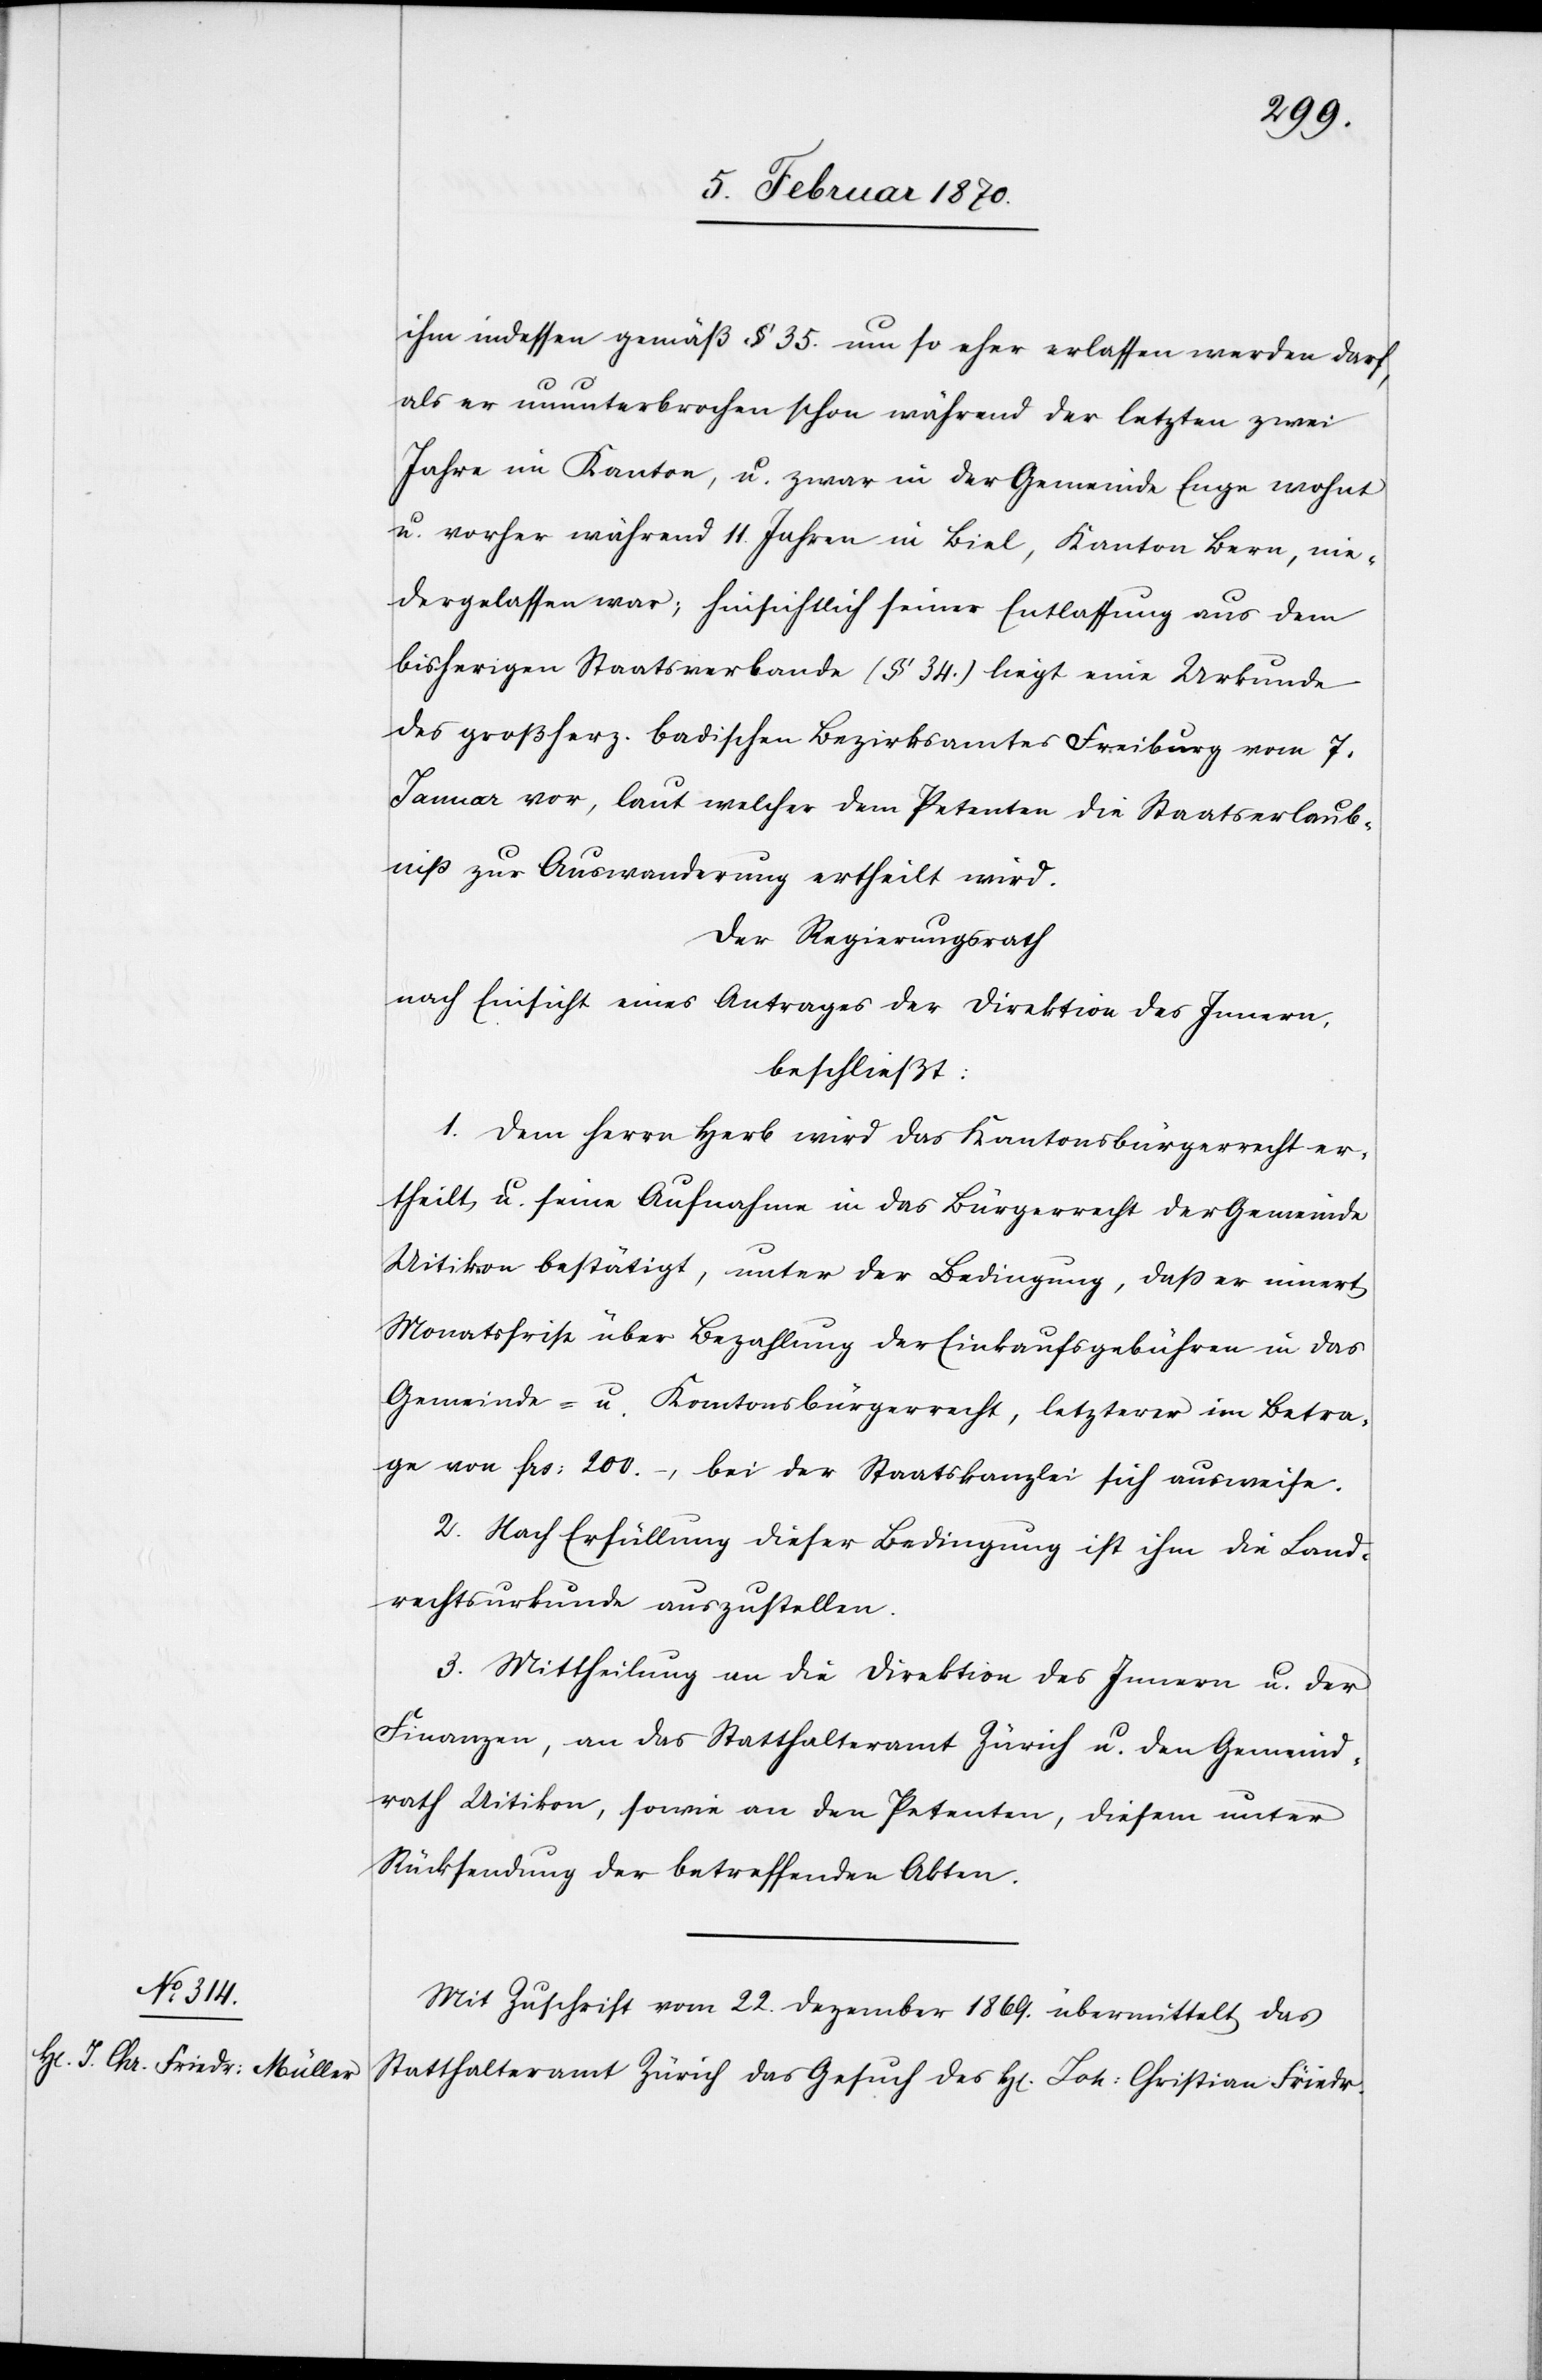
ihm indessen gemäß § 35. um so eher erlassen werden darf,
als er ununterbrochen schon während der letzten zwei
Jahre im Kanton, u. zwar in der Gemeinde Enge wohnt
u. vorher während 11. Jahren in Biel, Kanton Bern, nie¬
dergelassen war; hinsichtlich seiner Entlassung aus dem
bisherigen Staatsverbande (§ 34.) liegt eine Urkunde
des großherz. badischen Bezirksamtes Freiburg vom 7.
Januar vor, laut welcher dem Petent die Staatserlaub¬
niss zur Auswanderung ertheilt wird.
Der Regierungsrath
nach Einsicht eines Antrages der Direktion des Innern,
beschließt:
1. Dem Herrn Herb wird das Kantonsbürgerrecht er¬
theilt, u seine Aufnahme in das Bürgerrecht der Gemeinde
Uitikon bestätigt, unter der Bedingung, daß er innert
Monatsfrist über Bezahlung der Einkaufsgebühren in das
Gemeinde- u. Kantonsbürgerrecht, letzterer im Betra¬
ge von frs: 200.–, bei der Staatskanzlei sich ausweise.
2. Nach Erfüllung dieser Bedingung ist ihm die Land¬
rechtsurkunde auszustellen.
3. Mittheilung an die Direktion des Innern u. der
Finanzen, an das Statthalteramt Zürich u. den Gemeind¬
rath Uitikon, sowie an den Petenten, diesem unter
Rücksendung der betreffenden Akten.
Mit Zuschrift vom 22. Dezember 1869. übermittelt das
Statthalteramt Zürich das Gesuch des H[errn] Joh: Christian Friedr.